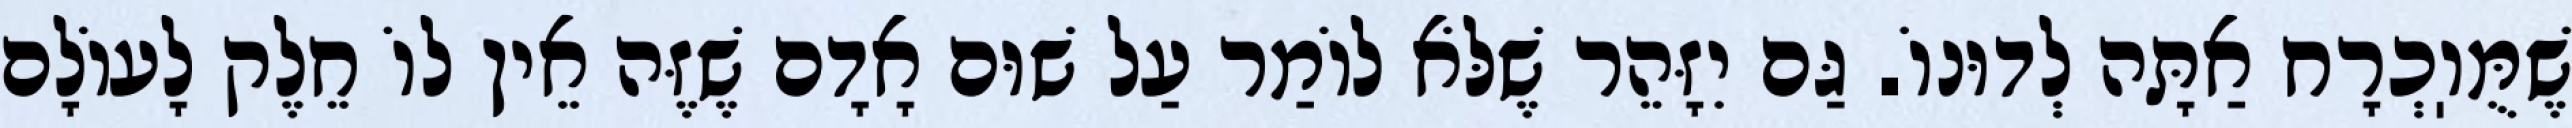
שֶׁמֻּוֽכְרָח אַתָּה לְדוּנוֹ. גַּם יִזָּהֵר שֶׁלֹּא לוֹמַר עַל שׁוּם אָדָם שֶׁזֶּה אֵין לוֹ חֵלֶק לָעוֹלָם